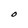
Character: O